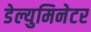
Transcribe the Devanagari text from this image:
डेल्युमिनेटर